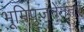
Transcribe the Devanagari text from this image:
भूमिपुजनेनंतर